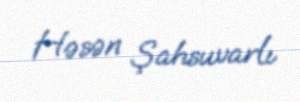
Həsən Şahsuvarlı